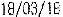
18/03/18